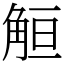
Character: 䚙